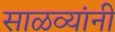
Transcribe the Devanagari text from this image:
साळव्यांनी